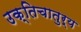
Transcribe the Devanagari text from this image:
उक्तिचातुर्य